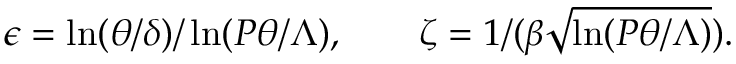
\epsilon = \ln ( \theta / \delta ) / \ln ( P \theta / \Lambda ) \/ , \qquad \zeta = 1 / ( \beta \sqrt { \ln ( P \theta / \Lambda ) } ) .